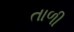
તાળી